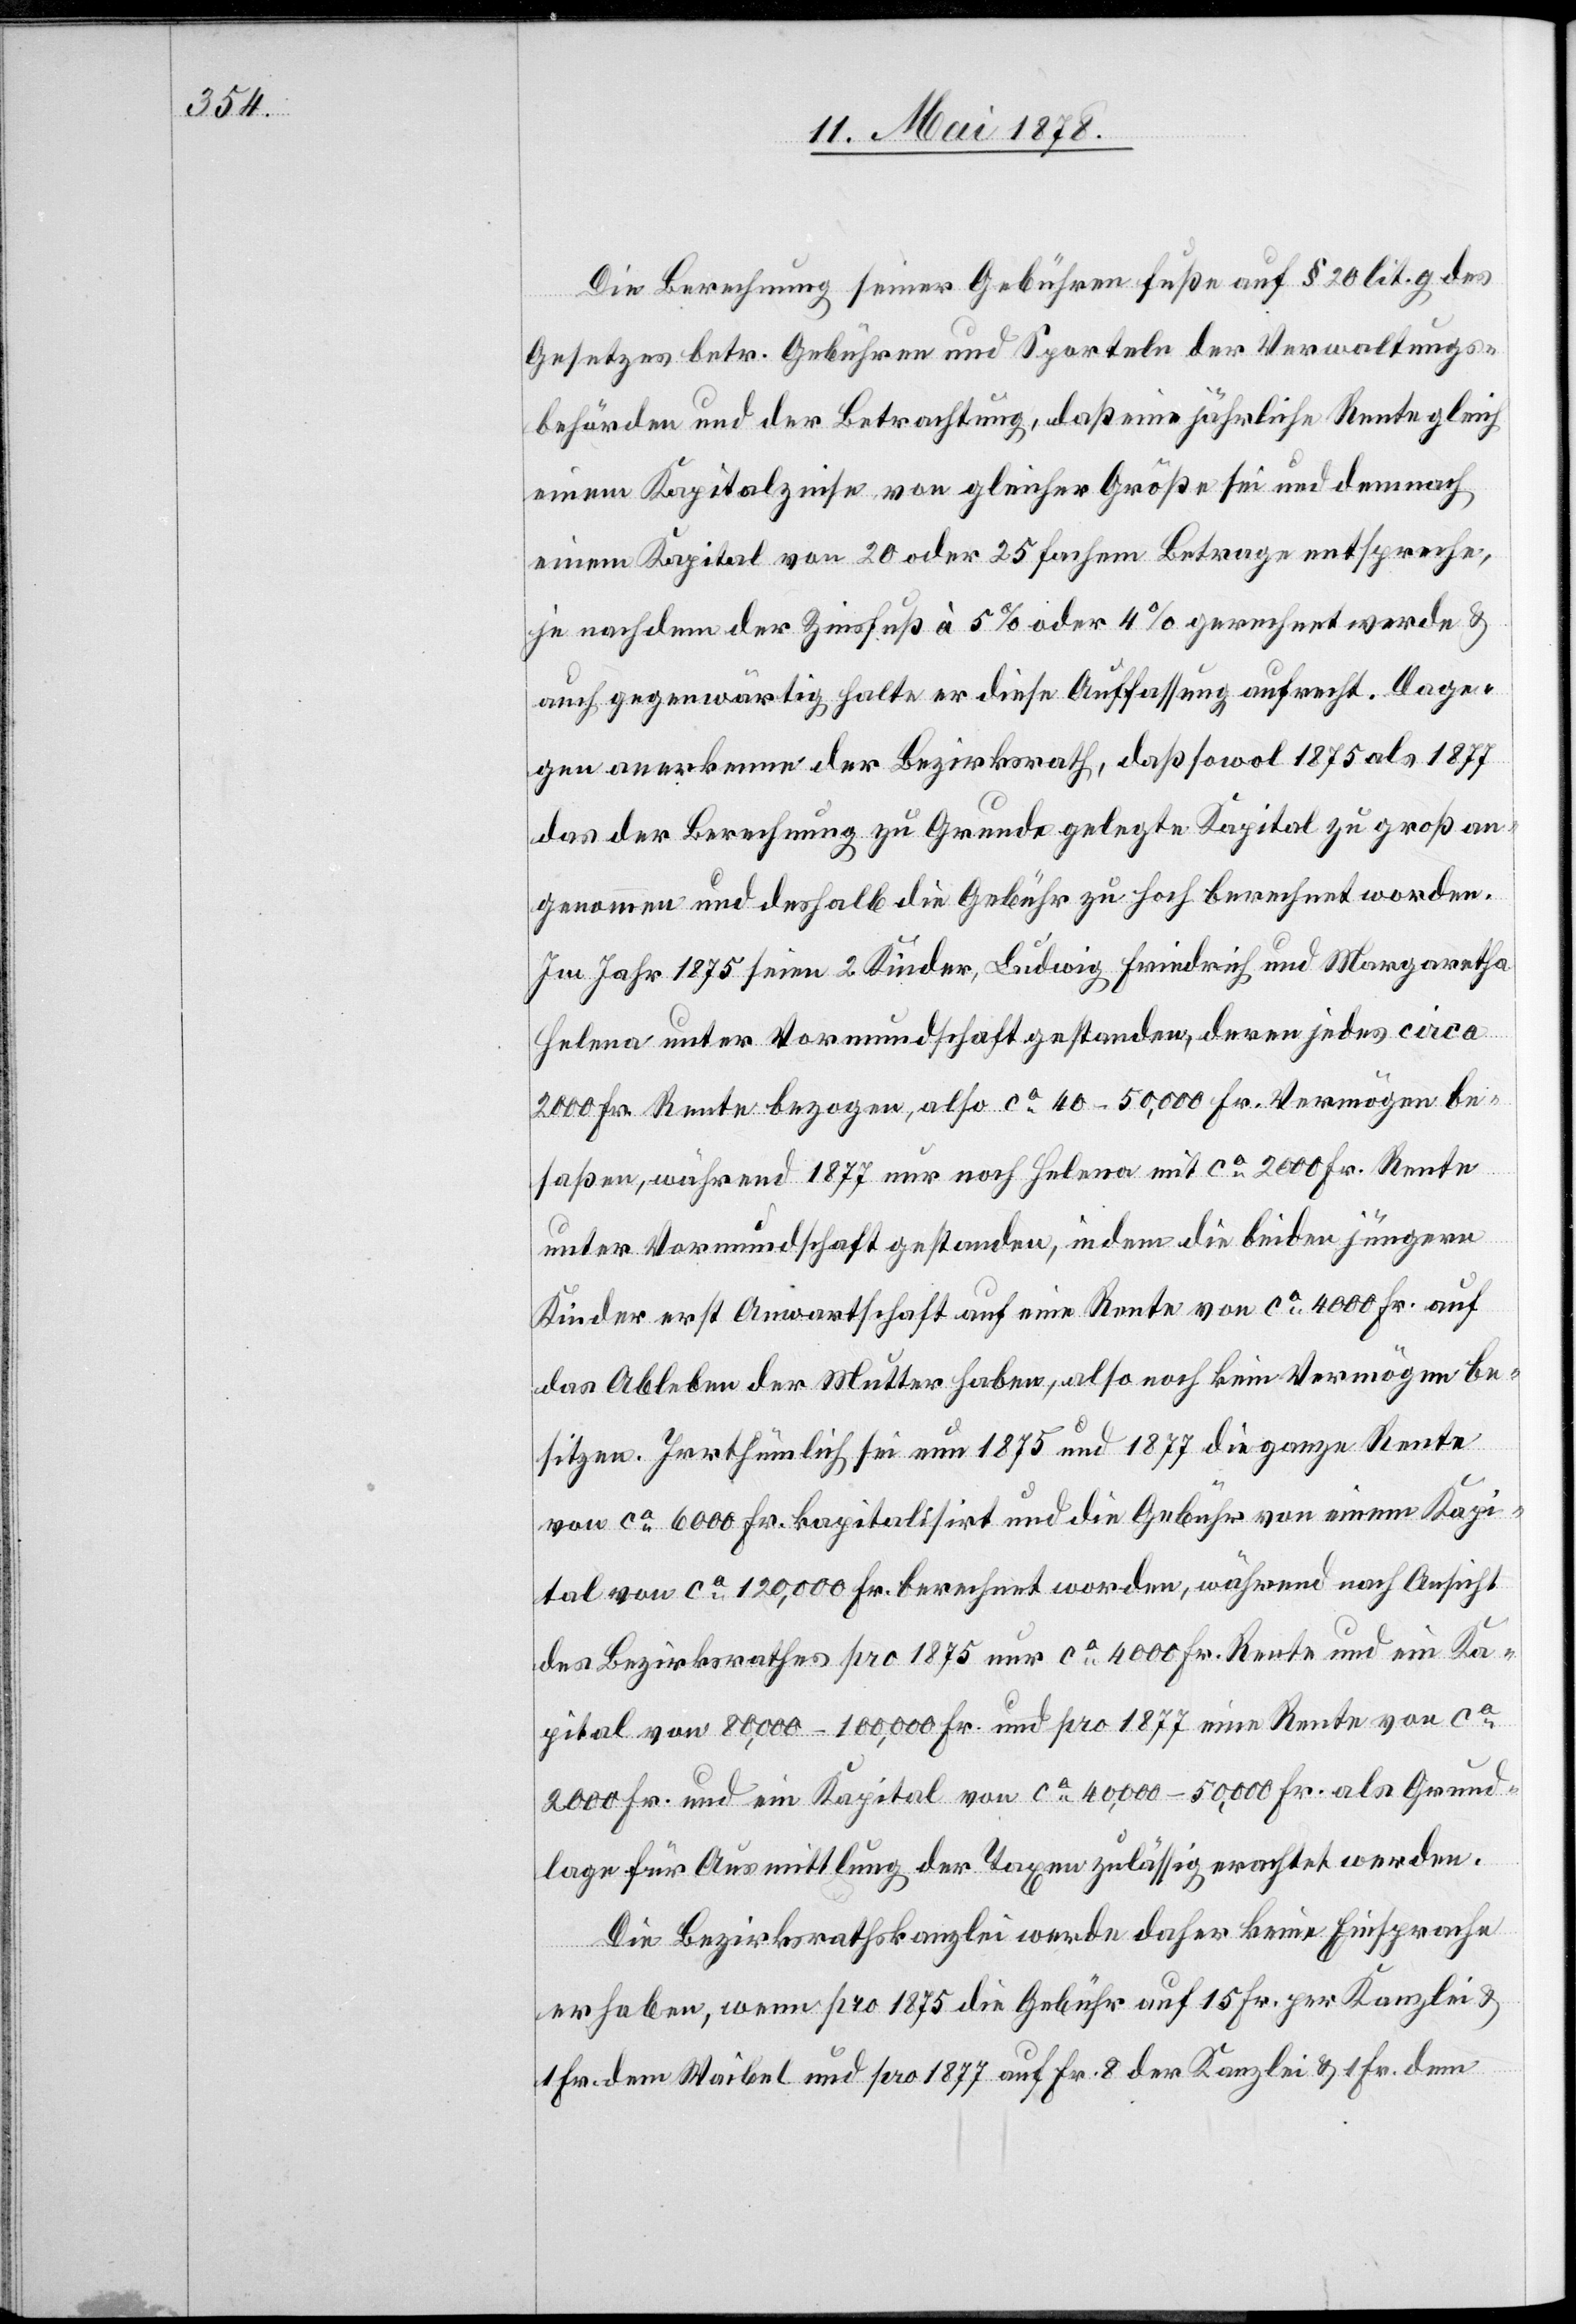
Die Berechnung seiner Gebühren fuße auf § 20 lit. g des
Gesetzes betr. Gebühren und Sporteln der Verwaltungs¬
behörden und der Betrachtung, daß eine jährliche Rente gleich
einem Kapitalzinse von gleicher Größe sei und demnach
einem Kapital von 20 oder 25 fachem Betrage entspreche,
je nachdem der Zinsfuß à 5% oder 4% gerechnet werde &
auch gegenwärtig halte er diese Auffassung aufrecht. Dage¬
gen anerkenne der Bezirksrath, daß sowol 1875 als 1877
das der Berechnung zu Grunde gelegte Kapital zu groß an¬
genommen und deshalb die Gebühr zu hoch berechnet worden.
Im Jahr 1875 seien 2 Kinder, Ludwig Friedrich und Margaretha
Selma unter Vormundschaft gestanden, deren jedes circa
2000 Fr. Rente bezogen, also ca 40–50,000 Fr. Vermögen be¬
saßen, während 1877 nur noch Selma mit ca 2000 Fr. Rente
unter Vormundschaft gestanden, in dem die beiden jüngern
Kinder erst Anwarthschaft auf eine Rente von ca 4000 Fr. auf
das Ableben der Mutter haben, also noch kein Vermögen be¬
sitzen. Irrthümlich sei nun 1875 und 1877 die ganze Rent¬
e von ca 120,000 Fr. berechnet worden, während nach Ansicht
des Bezirksrathes pro 1875 nur ca 4000 Fr. Rente und ein Ka¬
pital von 80,000–100,000 Fr. und pro 1877 eine Rente von ca
2000 Fr. und ein Kapital von ca 40,000–50,000 Fr. als Grund¬
lage für Ausmittlung der Taxen zulässig erachtet werden.
Die Bezirksrathskanzlei werde daher keine Einsprache
erheben, wenn pro 1875 die Gebühr auf 15 Fr. per Kanzlei &
1 Fr. dem Waibel und pro 1877 auf Fr. 8 der Kanzlei & 1 Fr. dem